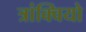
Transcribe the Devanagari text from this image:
त्रांक्वियो